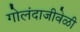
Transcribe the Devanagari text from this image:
गोलंदाजीवेळी